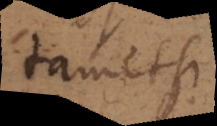
tametsi